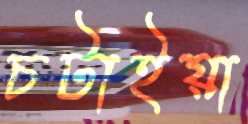
চটাইয়া